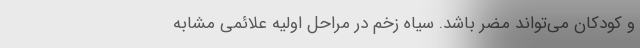
و کودکان می‌تواند مضر باشد. سیاه زخم در مراحل اولیه علائمی مشابه